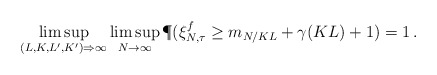
\begin{align*} \limsup_{(L,K,L',K') \Rightarrow \infty} \limsup_{N \rightarrow \infty } \P(\xi_{N, \tau}^f \geq m_{N/KL} + \gamma(KL)+1)=1\,.\end{align*}